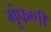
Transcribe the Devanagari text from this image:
गुंफणी